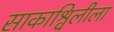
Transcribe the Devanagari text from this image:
साकाश्विलीला